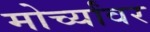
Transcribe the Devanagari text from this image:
मोर्च्यांवर